Sanitation, dispensaries and jails vaccination Rajputana 1922-1927 - 1922-1927
Year: 1922
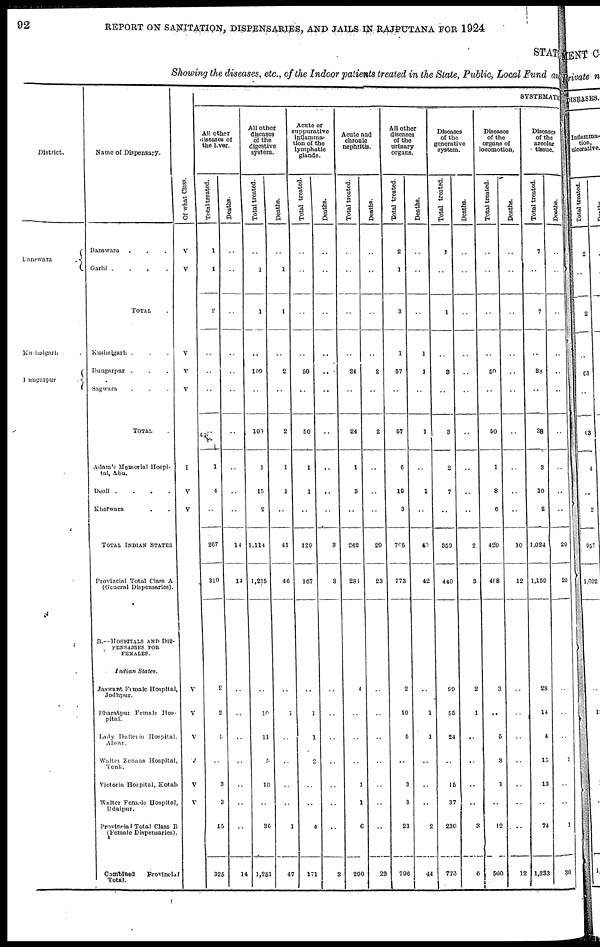
92
REPORT ON SANITATION, DISPENSARIES, AND JAILS IN RAJPUTANA FOR 1924
STAT
Showing the diseases, etc., of the Indoor patients treated in the State, Public, Local Fund and
District.
Banswara
.
Kushalgarh .
Dungarpur
.
Name of Dispensary.
Banswara ...
Garhi .
.
.
.
TOTAL .
Kushalgarh ...
Dungarpur ...
Sagwara ...
TOTAL .
Adam's Memorial Hospi-
tal, Abu.
Deoli .
.
.
.
Kherwara ..
TOTAL INDIAN STATES
Provincial Total Class A
(General Dispensaries).
B.—HOSPITALS AND DIS-
PENSARIES FOR
FEMALES.
Indian
States.
Jaswant Female Hospital,
Jodhpur.
Bharatpur Female Hos-
pital.
Lady Dufferin Hospital.
Alwar.
Walter Zenana Hospital,
Tonk.
Victoria Hospital, Kotah
Walter Female Hospital,
Udaipur.
Provincial Total Class B
(Female Dispensaries).
Combined
Provincial
Total.
Of what Class.
V
V
V
V
V
I
V
V
V
V
V
V
V
V
SYSTEMATIC
All other
diseases of
the liver.
Total treated.
1
1
2
..
..
..
..
1
4
..
267
310
2
2
5
..
3
3
15
325
Deaths.
..
..
..
..
..
..
..
..
..
..
14
14
..
..
..
..
..
..
..
14
All other
diseases
of the
digestive
system.
Total treated.
..
1
1
..
109
..
100
1
15
2
1,114
1,215
..
10
11
5
10
..
36
1,251
Deaths.
..
1
1
..
2
..
2
1
1
..
41
46
..
1
..
..
..
..
1
47
Acute or
suppurative
inflamma-
tion of the
lymphatic
glands.
Total treated.
..
..
..
..
50
..
50
1
1
..
129
167
..
1
1
2
..
..
4
171
Deaths.
..
..
..
..
..
..
..
..
..
..
3
3
..
..
..
..
..
..
..
3
Acute and
chronic
nephritis.
Total treated.
..
..
..
..
24
..
24
1
3
..
262
281
4
..
..
..
1
1
6
290
Deaths.
..
..
..
..
2
..
2
..
..
..
20
23
..
..
..
..
..
..
..
23
All other
diseases
of the
urinary
organs.
Total treated.
2
1
3
1
57
..
57
6
10
3
705
773
2
10
5
..
3
3
23
796
Deaths.
..
..
..
1
1
..
1
..
1
..
40
42
..
1
1
..
..
..
2
44
Diseases
of the
generative
system.
Total treated.
1
..
1
..
3
..
3
2
7
..
359
440
99
55
24
..
15
37
230
770
Deaths.
..
..
..
..
..
..
..
..
..
..
2
3
2
1
..
..
..
..
3
6
Diseases
of the
organs of
locomotion.
Total treated.
..
..
..
..
50
..
50
1
8
6
420
488
3
..
5
3
1
..
12
500
Deaths.
..
..
..
..
..
..
..
..
..
..
10
12
..
..
..
..
..
..
..
12
Diseases
of the
areolar
tissue.
Total treated.
7
..
7
..
38
..
38
3
10
2
1,024
1,159
28
14
4
15
13
..
74
1,233
Deaths.
..
..
..
..
..
..
..
..
..
..
29
29
..
..
..
1
..
..
1
30